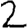
Digit: 2